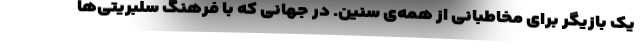
یک بازیگر برای مخاطبانی از همه‌ی سنین. در جهانی که با فرهنگ سلبریتی‌ها